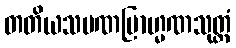
တတိယသမဏဗြာဟ္မဏသုတ္တံ